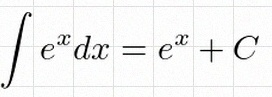
\int e^x dx=e^x+C